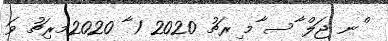
ްނ ޖަލް ާސ ާމ ިރޗު 2020 1 ާ 2020މރިޗު ވަ